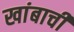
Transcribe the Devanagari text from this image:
खांबाची